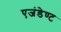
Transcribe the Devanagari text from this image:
एजंडेण्ट